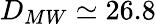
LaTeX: D_{MW}\simeq 26.8